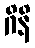
ဂိနိ